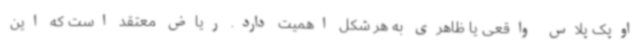
اوپک پلاس واقعی یا ظاهری به هر شکل اهمیت دارد. ریاض معتقد است که این